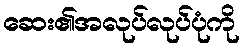
ဆေး၏အလုပ်လုပ်ပုံကို